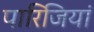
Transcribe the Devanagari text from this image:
पारिजियां